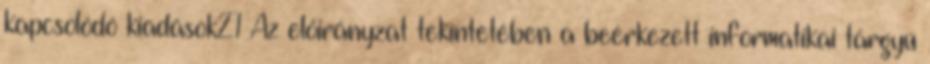
kapcsolódó kiadások21 Az előirányzat tekintetében a beérkezett informatikai tárgyú